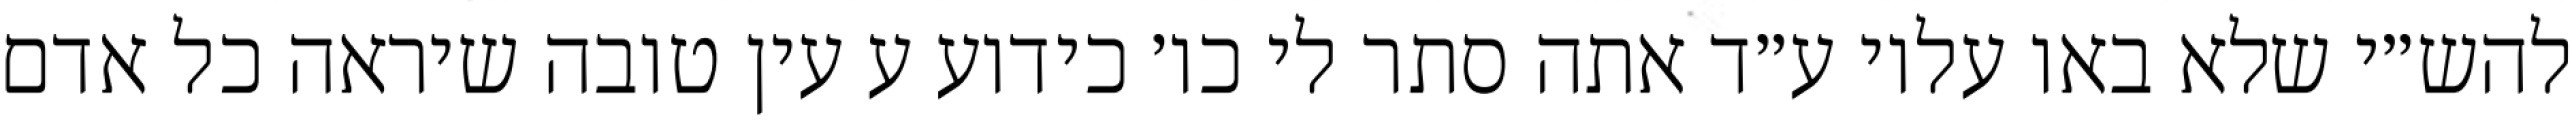
להש״י שלא באו עליו ע״ד אתה סתר לי כו׳ כידוע ע עין טובה שיראה כל אדם